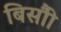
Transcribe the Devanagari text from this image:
बिसौी